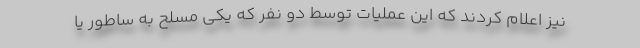
نیز اعلام کردند که این عملیات توسط دو نفر که یکی مسلح به ساطور یا